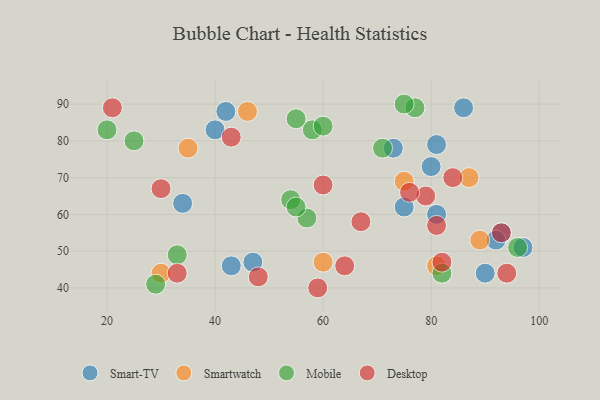
{"axis": {"x": "GDP", "y": "Life Expectancy"}, "legend": ["Desktop", "Mobile", "Smart-TV", "Smartwatch"], "data": [{"x": "47", "y": 47, "type": "Smart-TV"}, {"x": "40", "y": 83, "type": "Smart-TV"}, {"x": "93", "y": 55, "type": "Smart-TV"}, {"x": "75", "y": 62, "type": "Smart-TV"}, {"x": "73", "y": 78, "type": "Smart-TV"}, {"x": "97", "y": 51, "type": "Smart-TV"}, {"x": "42", "y": 88, "type": "Smart-TV"}, {"x": "86", "y": 89, "type": "Smart-TV"}, {"x": "81", "y": 79, "type": "Smart-TV"}, {"x": "90", "y": 44, "type": "Smart-TV"}, {"x": "92", "y": 53, "type": "Smart-TV"}, {"x": "34", "y": 63, "type": "Smart-TV"}, {"x": "81", "y": 60, "type": "Smart-TV"}, {"x": "43", "y": 46, "type": "Smart-TV"}, {"x": "80", "y": 73, "type": "Smart-TV"}, {"x": "75", "y": 69, "type": "Smartwatch"}, {"x": "60", "y": 47, "type": "Smartwatch"}, {"x": "81", "y": 46, "type": "Smartwatch"}, {"x": "35", "y": 78, "type": "Smartwatch"}, {"x": "89", "y": 53, "type": "Smartwatch"}, {"x": "30", "y": 44, "type": "Smartwatch"}, {"x": "87", "y": 70, "type": "Smartwatch"}, {"x": "46", "y": 88, "type": "Smartwatch"}, {"x": "33", "y": 49, "type": "Mobile"}, {"x": "77", "y": 89, "type": "Mobile"}, {"x": "82", "y": 44, "type": "Mobile"}, {"x": "58", "y": 83, "type": "Mobile"}, {"x": "71", "y": 78, "type": "Mobile"}, {"x": "57", "y": 59, "type": "Mobile"}, {"x": "54", "y": 64, "type": "Mobile"}, {"x": "20", "y": 83, "type": "Mobile"}, {"x": "55", "y": 62, "type": "Mobile"}, {"x": "55", "y": 86, "type": "Mobile"}, {"x": "96", "y": 51, "type": "Mobile"}, {"x": "60", "y": 84, "type": "Mobile"}, {"x": "29", "y": 41, "type": "Mobile"}, {"x": "25", "y": 80, "type": "Mobile"}, {"x": "75", "y": 90, "type": "Mobile"}, {"x": "94", "y": 44, "type": "Desktop"}, {"x": "67", "y": 58, "type": "Desktop"}, {"x": "33", "y": 44, "type": "Desktop"}, {"x": "21", "y": 89, "type": "Desktop"}, {"x": "59", "y": 40, "type": "Desktop"}, {"x": "60", "y": 68, "type": "Desktop"}, {"x": "82", "y": 47, "type": "Desktop"}, {"x": "43", "y": 81, "type": "Desktop"}, {"x": "79", "y": 65, "type": "Desktop"}, {"x": "84", "y": 70, "type": "Desktop"}, {"x": "30", "y": 67, "type": "Desktop"}, {"x": "64", "y": 46, "type": "Desktop"}, {"x": "93", "y": 55, "type": "Desktop"}, {"x": "76", "y": 66, "type": "Desktop"}, {"x": "81", "y": 57, "type": "Desktop"}, {"x": "48", "y": 43, "type": "Desktop"}]}